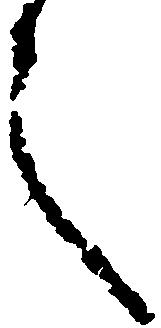
言